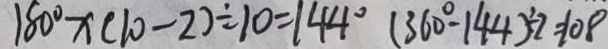
1 8 0 ^ { \circ } x ( 1 0 - 2 ) \div 1 0 = 1 4 4 ^ { \circ } ( 3 6 0 ^ { \circ } - 1 4 4 ) \div 2 = 1 0 8